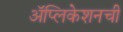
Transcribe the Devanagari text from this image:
अॅप्लिकेशनची